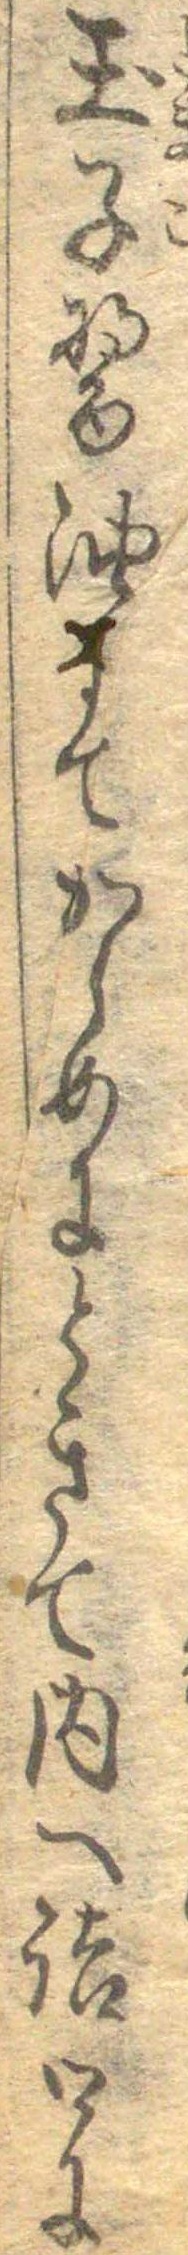
玉子醤油にてからめにときて内へ詰口に